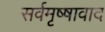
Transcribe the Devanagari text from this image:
सर्वमृष्षावाद